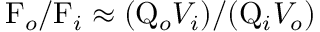
\mathrm { F } _ { o } / \mathrm { F } _ { i } \approx ( \mathrm { Q } _ { o } V _ { i } ) / ( \mathrm { Q } _ { i } V _ { o } )